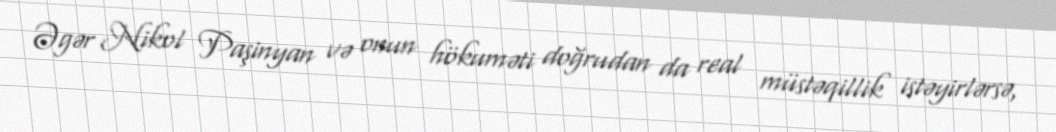
Əgər Nikol Paşinyan və onun hökuməti doğrudan da real müstəqillik istəyirlərsə,